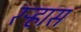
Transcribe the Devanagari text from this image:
रऱ्हास